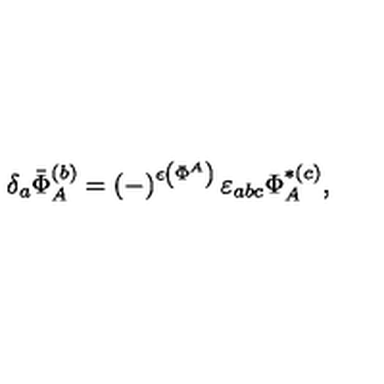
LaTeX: \delta _ { a } \bar { \Phi } _ { A } ^ { ( b ) } = \left( - \right) ^ { \epsilon \left( \Phi ^ { A } \right) } \varepsilon _ { a b c } \Phi _ { A } ^ { * ( c ) } ,